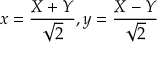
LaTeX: x = { \frac { X + Y } { \sqrt { 2 } } } , y = { \frac { X - Y } { \sqrt { 2 } } }